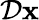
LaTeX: {\mathcal{D}}\mathbf{x}